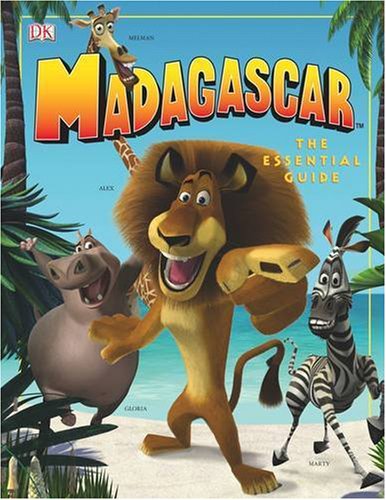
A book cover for "Madagascar": The Essential Guide; Stephen Cole; Travel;